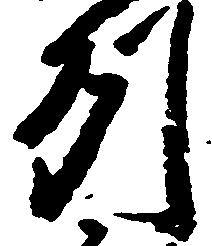
州